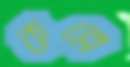
কল্লে